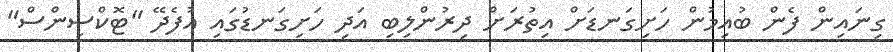
ގިނައިން ފެން ބުއިމުން ހަށިގަނޑަށް އިތުރަށް ދިރުންލިބި އަދި ހަށިގަނޑުގައި އުފެދޭ "ޓޮކްސިންސް"